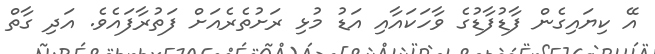
އޭ ކިޔައިގެން ފާޑުފާޑުގެ ވާހަކައާއި އަޑު މުޅި ރަށުތެރެއަށް ފަތުރާފައެވެ. އަދި ގާތް